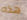
هذه